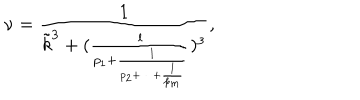
\nu = \frac { 1 } { { \tilde { k } } ^ { 3 } + ( \frac { l } { p _ { 1 } + \frac { l } { p _ { 2 } + \cdots + \frac { l } { p _ { m } } } } ) ^ { 3 } } ,